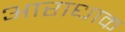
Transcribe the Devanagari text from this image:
आराधाक